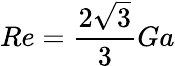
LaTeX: Re=\frac{2\sqrt{3}}{3}Ga